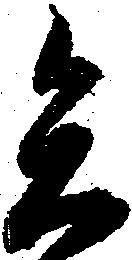
矢